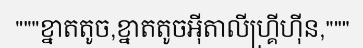
"""ខ្នាតតូច,ខ្នាតតូចអ៊ីតាលីហ្គ្រីហ៊ីន,"""